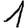
Digit: 1